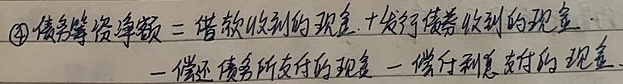
\(\textcircled{4}\) 债务筹资净额 = 借款收到的现金 + 发行债券收到的现金 - 偿还债务所支付的现金 - 偿付利息支付的现金